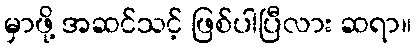
မှာဖို့ အဆင်သင့် ဖြစ်ပါပြီလား ဆရာ။